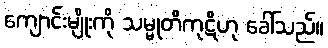
ကျောင်းမျိုးကို သမ္မုတိကုဋိဟု ခေါ်သည်။